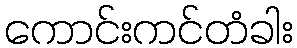
ကောင်းကင်တံခါး